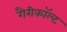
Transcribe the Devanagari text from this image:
गैरीकॉल्ट